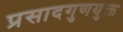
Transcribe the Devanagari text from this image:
प्रसादगुणयुक्त